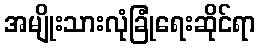
အမျိုးသားလုံခြုံရေးဆိုင်ရာ